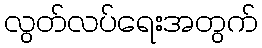
လွတ်လပ်ရေးအတွက်